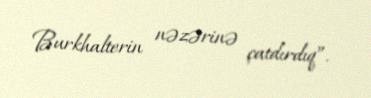
Burkhalterin nəzərinə çatdırdıq”.